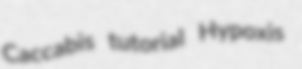
Caccabis tutorial Hypoxis